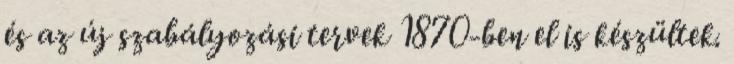
és az új szabályozási tervek 1870-ben el is készültek.